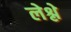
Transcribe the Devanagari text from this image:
लेश्ले